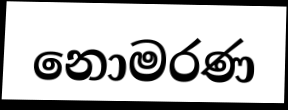
නොමරණ